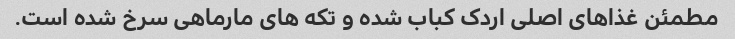
مطمئن غذاهای اصلی اردک کباب شده و تکه های مارماهی سرخ شده است.